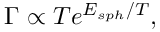
\Gamma \propto T e ^ { E _ { s p h } / T } ,